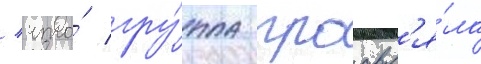
/ что́ гру́ппа проавл'я́ла